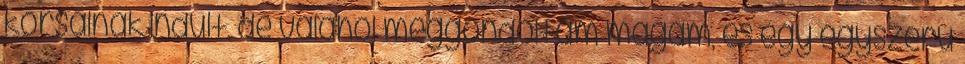
körsálnak indult, de valahol meggondoltam magam, és egy egyszerű